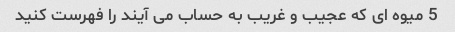
5 میوه ای که عجیب و غریب به حساب می آیند را فهرست کنید